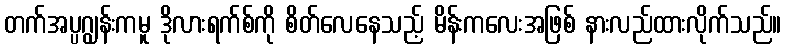
တက်အပ္ပဂျွန်းကမူ ဒိုလားရက်စ်ကို စိတ်လေနေသည့် မိန်းကလေးအဖြစ် နားလည်ထားလိုက်သည်။